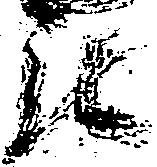
被